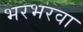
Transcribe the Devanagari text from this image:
भरभरवा